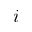
i